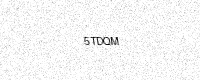
Text: 5TDQM